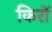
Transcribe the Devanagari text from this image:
किरों